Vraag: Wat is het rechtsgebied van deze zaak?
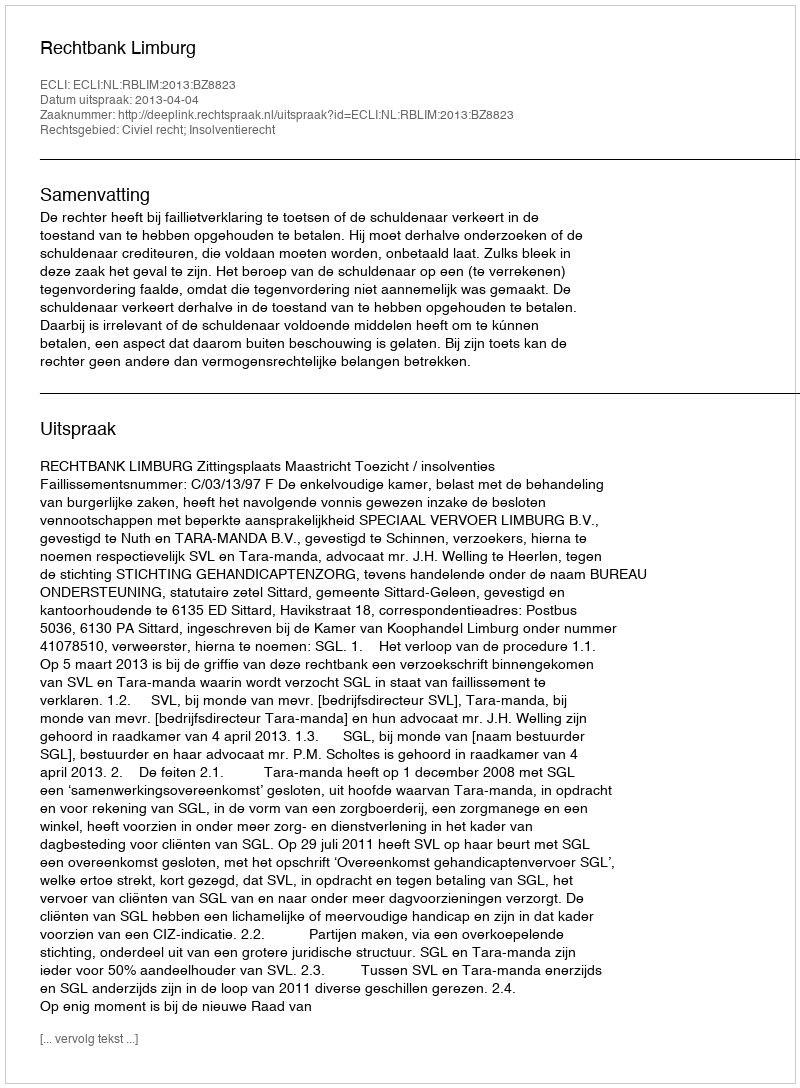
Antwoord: Civiel recht; Insolventierecht